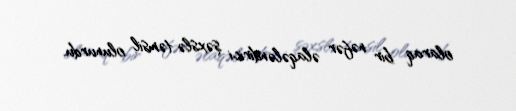
olaraq bir nəfər əlaqələndirici şəxslə təmsil olunurdu.